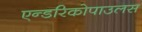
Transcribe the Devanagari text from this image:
एन्डरिकोपाउलस